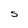
Character: S